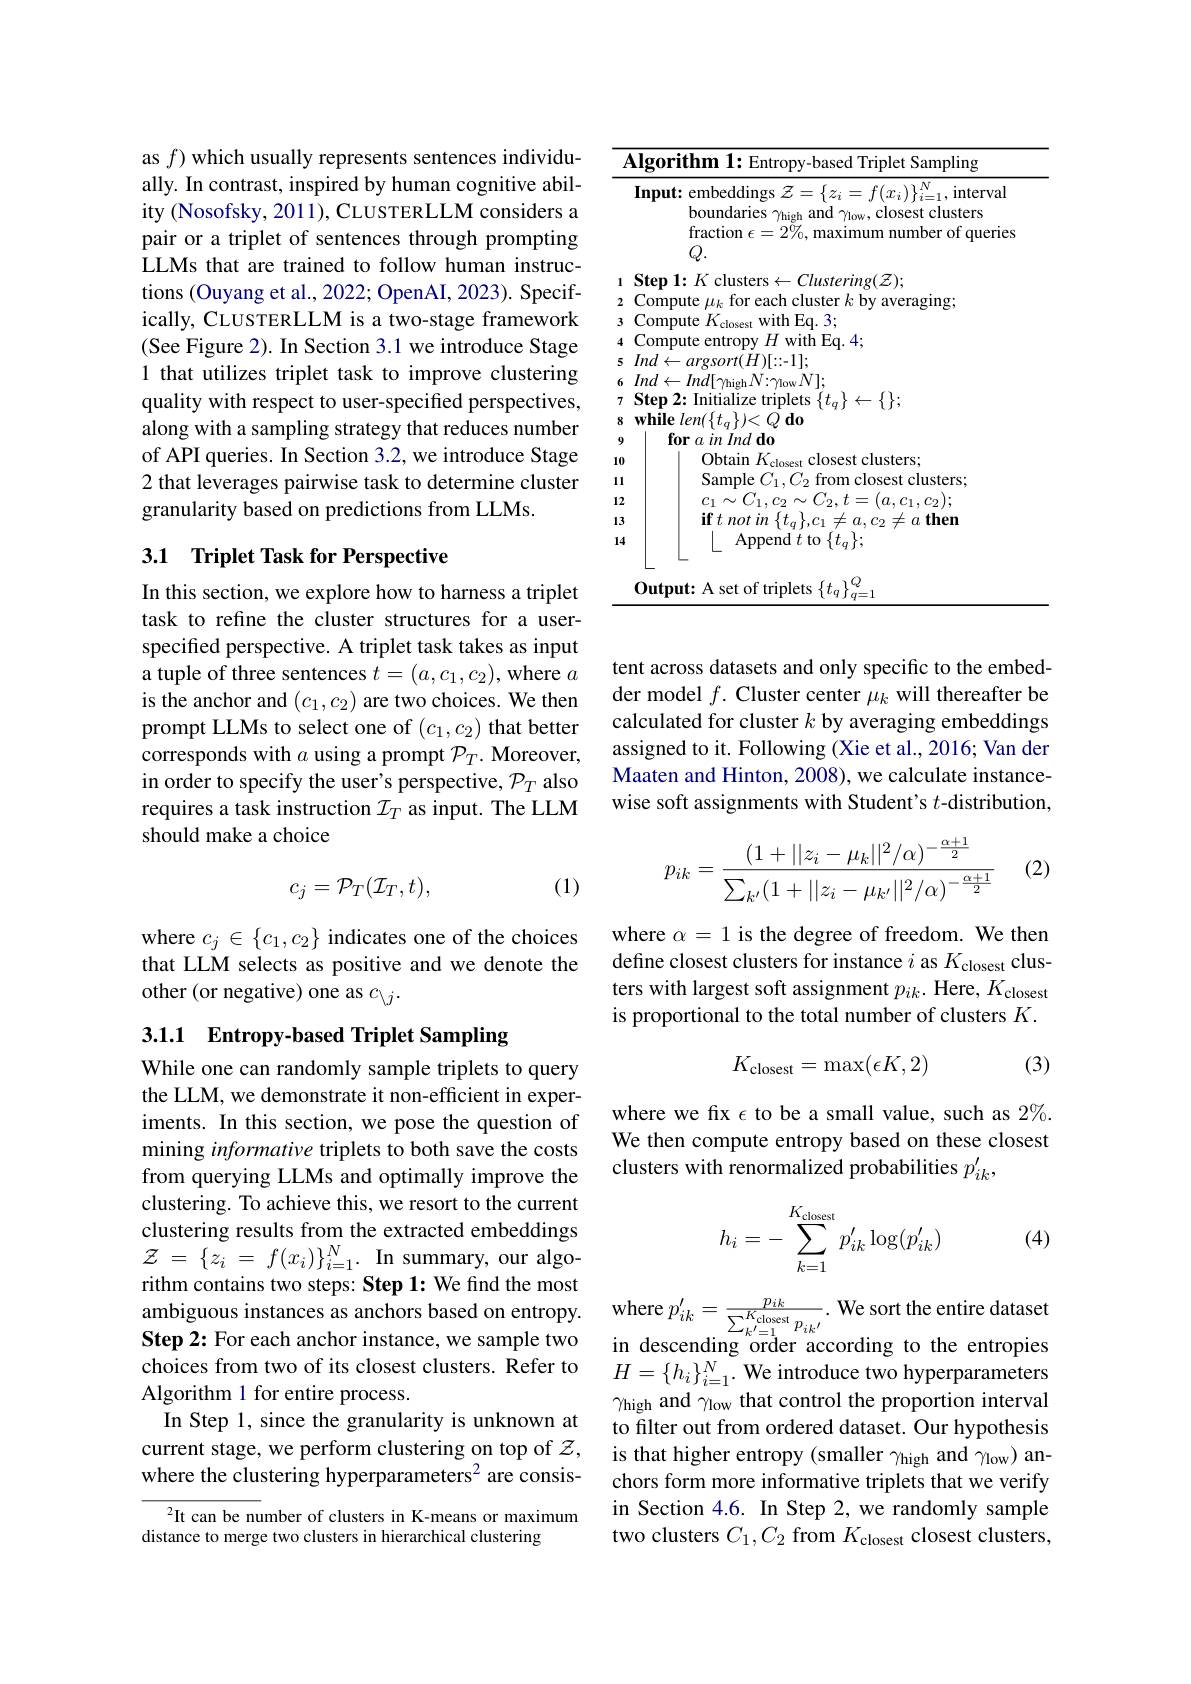
as $f$) which usually represents sentences individually. In contrast, inspired by human cognitive ability (Nosofsky, 2011), CLUSTERLLM considers a pair or a triplet of sentences through prompting LLMs that are trained to follow human instructions (Ouyang et al., 2022; OpenAI, 2023). Specifically, CLUSTERLLM is a two-stage framework (See Figure 2). In Section 3.1 we introduce Stage 1 that utilizes triplet task to improve clustering quality with respect to user-specified perspectives, along with a sampling strategy that reduces number of API queries. In Section 3.2, we introduce Stage 2 that leverages pairwise task to determine cluster granularity based on predictions from LLMs.

## 3.1 Triplet Task for Perspective

In this section, we explore how to harness a triplet task to refine the cluster structures for a userspecified perspective. A triplet task takes as input a tuple of three sentences $t=(a,c_1,c_2)$, where $a$ is the anchor and $(c_1,c_2)$ are two choices. We then prompt LLMs to select one of $(c_1,c_2)$ that better corresponds with $a$ using a prompt $\mathcal P_T.$ Moreover, in order to specify the user's perspective, $\mathcal{P}_T$ also requires a task instruction $\mathcal{I}_T$ as input. The LLM should make a choice

(1)
$$c_j=\mathcal{P}_T(\mathcal{I}_T,t),$$
where $c_j\in\{c_1,c_2\}$ indicates one of the choices that LLM selects as positive and we denote the other (or negative) one as $c_{\setminus j}.$

# 3.1.1 Entropy-based Triplet Sampling

While one can randomly sample triplets to query the LLM, we demonstrate it non-efficient in experiments. In this section, we pose the question of mining informative triplets to both save the costs from querying LLMs and optimally improve the clustering. To achieve this, we resort to the current clustering results from the extracted embeddings $\mathcal{Z}$ = $\{ z_{i}$ = $f( x_{i}) \} _{i= 1}^{N}.$ In summary, our algorithm contains two steps: Step 1: We find the most ambiguous instances as anchors based on entropy. Step 2: For each anchor instance, we sample two choices from two of its closest clusters. Refer to $H= \{ h_i\} _{i= 1}^N.$ We introduce two hyperparameters
Algorithm 1 for entire process.
In Step l, since the granularity is unknown at current stage, we perform clustering on top of $\mathcal{Z}$, where the clustering hyperparameters$^{2}$ are consis-

$^2$It can be number of clusters in K-means or maximum
distance to merge two clusters in hierarchical clustering

<table>
	<tbody>
		<tr>
			<th>$A$</th>
			<th>$\mathbf{Algorithm~1:~Entropy-based~Triplet~Sampling}$</th>
		</tr>
		<tr>
			<th> </th>
			<th>Input: embeddings $\mathcal{Z}=\{z_i=f(x_i)\}_{i=1}^N$, interval boundaries $\gamma_\mathrm{high}$ and $\gamma_\mathrm{low}$, closest clusters fraction $\epsilon=2\%$,maximum number of queries $Q.$</th>
		</tr>
		<tr>
			<td>1</td>
			<td>Stem $1\cdot$ $k$ |1118 lusterino $r(Z)$</td>
		</tr>
		<tr>
			<td>2</td>
			<td>Commnute aach TOT $\because$ $k$ $•$</td>
		</tr>
		<tr>
			<td>3</td>
			<td>Compute $k$ with Eq. 3; OSe</td>
		</tr>
		<tr>
			<td>4</td>
			<td>with Fa. 4 'ommnute</td>
		</tr>
		<tr>
			<td>5</td>
			<td>:=11 $Im/$ $ff$</td>
		</tr>
		<tr>
			<td>6</td>
			<td>$N1:$ Imd</td>
		</tr>
		<tr>
			<td>7</td>
			<td>Yfen 2: $|nitia|$</td>
		</tr>
		<tr>
			<td>8</td>
			<td>while</td>
		</tr>
		<tr>
			<td>9</td>
			<td>for $in\textit{Ind do}$ $\because a$</td>
		</tr>
		<tr>
			<td>10</td>
			<td>0htain clusters</td>
		</tr>
		<tr>
			<td>1 1. 1 </td>
			<td>Samnle clusters</td>
		</tr>
		<tr>
			<td>12</td>
			<td>$f^{n}$ $m$</td>
		</tr>
		<tr>
			<td>13</td>
			<td>$\mathbf{if}tmot$ $a\textbf{then}$</td>
		</tr>
		<tr>
			<td>14</td>
			<td>Append $t$ to $\{t_q\};$</td>
		</tr>
		<tr>
			<td> </td>
			<td>Output: A set of triplets $\{t_q\}_{q=1}^{Q}$</td>
		</tr>
	</tbody>
</table>

tent across datasets and only specific to the embedder model $f.$ Cluster center $\mu_k$ will thereafter be calculated for cluster $k$ by averaging embeddings assigned to it. Following (Xie et al., 2016; Van der Maaten and Hinton, 2008), we calculate instancewise soft assignments with Student's $t$-distribution,

(2)
$$p_{ik}=\frac{(1+||z_i-\mu_k||^2/\alpha)^{-\frac{\alpha+1}{2}}}{\sum_{k'}(1+||z_i-\mu_{k'}||^2/\alpha)^{-\frac{\alpha+1}{2}}}$$
where $\alpha=1$ is the degree of freedom. We then define closest clusters for instance $i$ as $K_\mathrm{closest}$ clusters with largest soft assignment $p_{ik}.$ Here, $K_\mathrm{closest}$ is proportional to the total number of clusters $K.$

(3)
$$K_{\text{closest}}=\max(\epsilon K,2)$$
where we fix $\epsilon$ to be a small value, such as $2\%.$ We then compute entropy based on these closest clusters with renormalized probabilities $p_{ik}^{\prime}$,
$$h_i=-\sum\limits_{k=1}^{K_\text{closest}}p_{ik}'\log(p_{ik}')$$
(4)

where $p_{ik}^{\prime }= \frac {p_{ik}}{\sum _{k^{\prime }= 1}^{K_{\mathrm{closest}}}p_{ik^{\prime }}}.$ We sort the entire dataset in descending order according to the entropies $\gamma_\mathrm{high}$ and $\gamma_\mathrm{low}$ that control the proportion interval to filter out from ordered dataset. Our hypothesis is that higher entropy (smaller $\gamma_\mathrm{high}$ and $\gamma_\mathrm{low})$ anchors form more informative triplets that we verify in Section 4.6. In Step 2, we randomly sample two clusters $C_1,C_2$ from $K_\text{closest closest clusters,}$